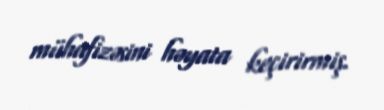
mühafizəsini həyata keçirirmiş.